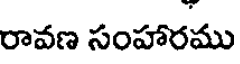
రావణ సంహారము